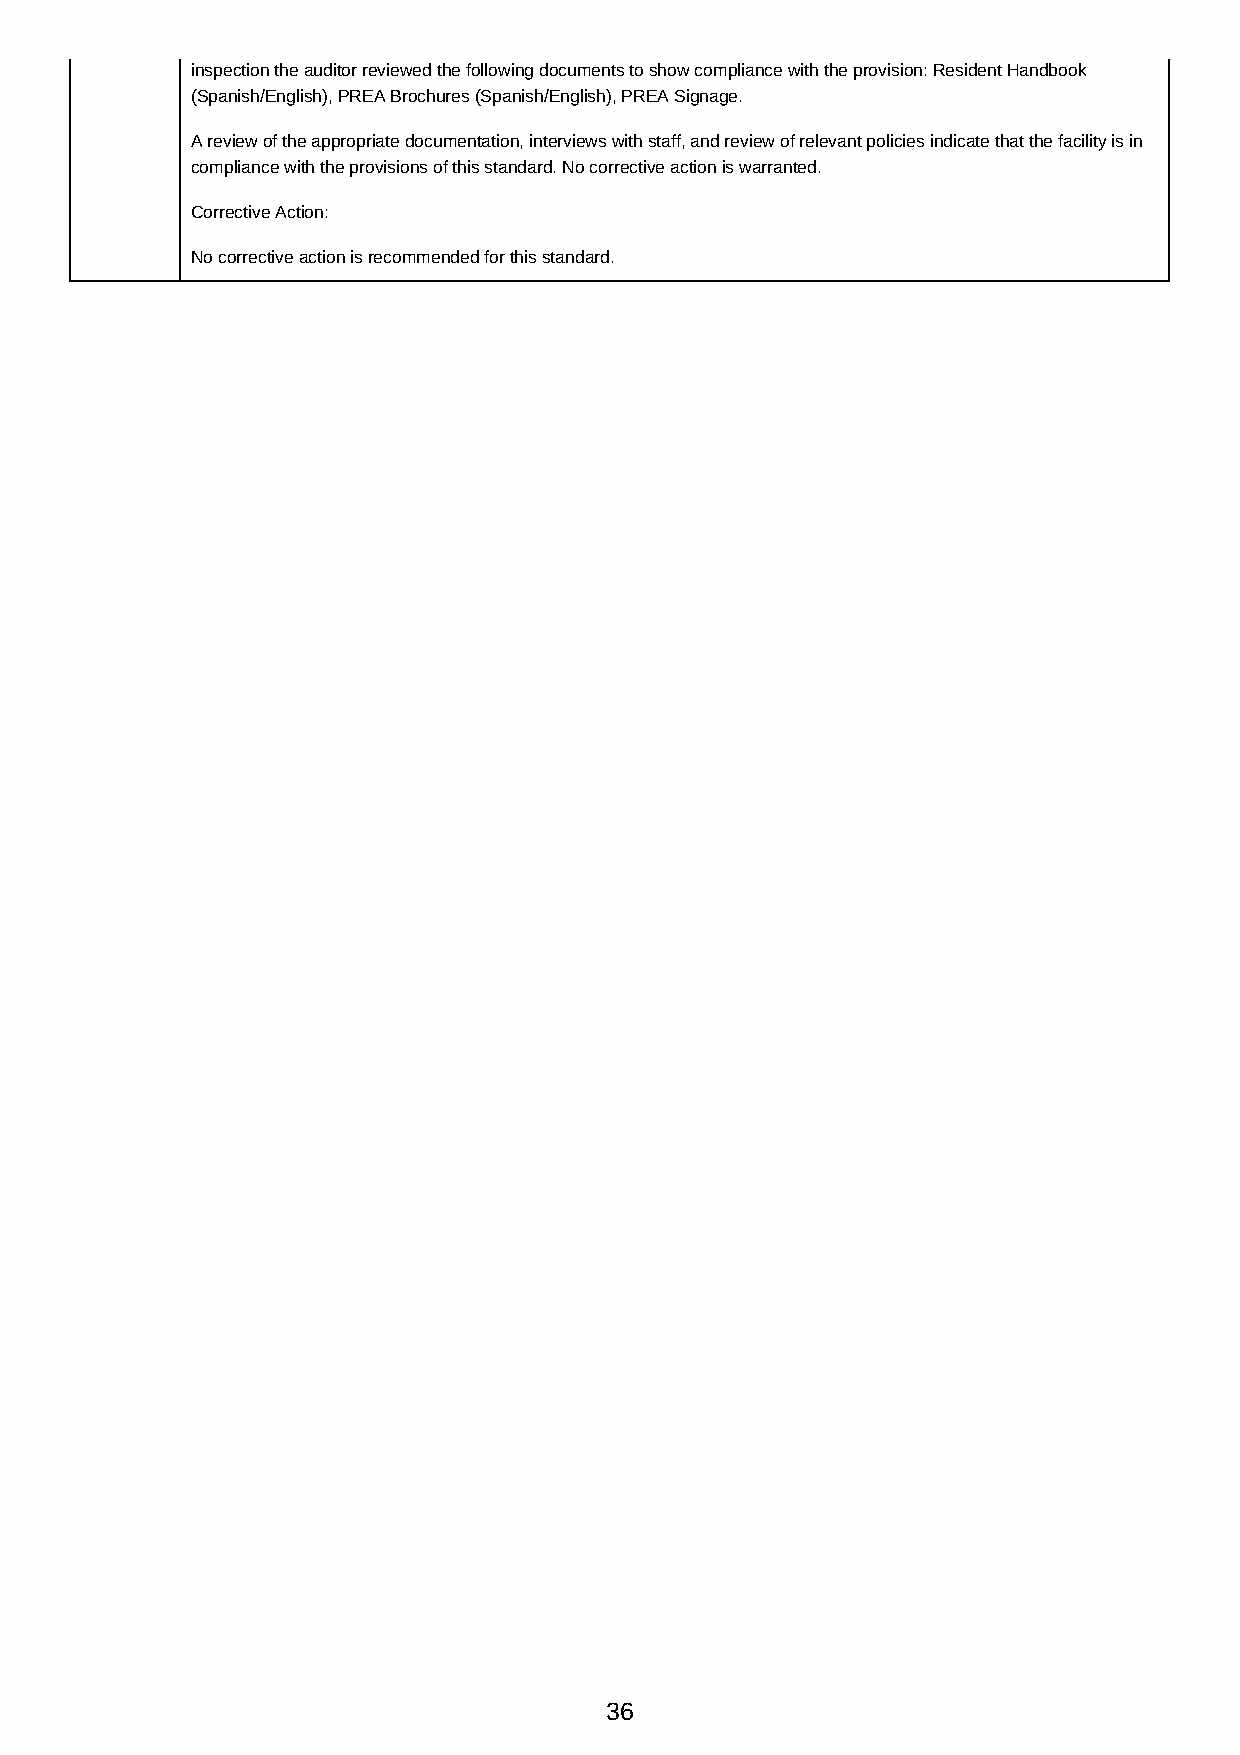
inspection the auditor reviewed the following documents to show compliance with the provision: Resident Handbook
 (Spanish/English), PREA Brochures (Spanish/English), PREA Signage.
 A review of the appropriate documentation, interviews with staff, and review of relevant policies indicate that the facility is in
 compliance with the provisions of this standard. No corrective action is warranted.
 Corrective Action:
 No corrective action is recommended for this standard.
 36